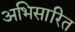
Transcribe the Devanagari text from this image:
अभिसारित